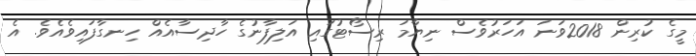
މީގެ ކުރިން 2018ވަނަ އަހަރުވެސް ނިޔާމަ ރިސޯޓުގައި އަލިފާނުގެ ހާދިސާއެއް ހިނގާފައިވެއެވެ. އެ